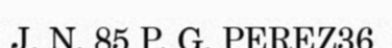
J. N. 85 P. G. PEREZ36